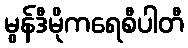
မွန်ဒီမိုကရေစီပါတီ